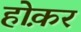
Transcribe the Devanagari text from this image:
होक़र